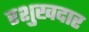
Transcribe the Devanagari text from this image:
रशुखदार